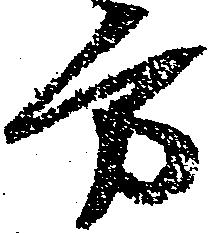
方